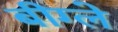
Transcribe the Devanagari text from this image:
बीग्ले